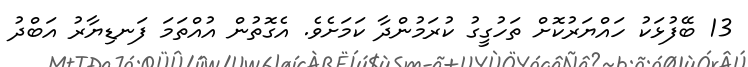
13 ބޭފުޅަކު ހައްޔަރުކޮށް ތަހުގީގު ކުރަމުންދާ ކަމަށެވެ. އެގޮތުން އުއްތަމަ ފަނޑިޔާރު އަބްދު